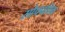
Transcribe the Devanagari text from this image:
सोपपत्तिक